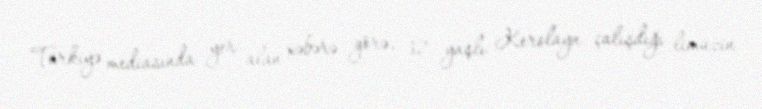
Türkiyə mediasında yer alan xəbərə görə, 32 yaşlı Kerolayn çalışdığı limuzin